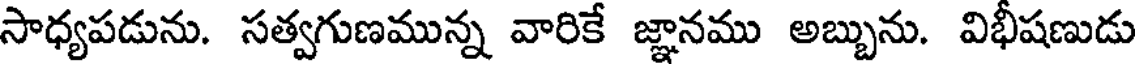
సాధ్యపడును. సత్వగుణమున్న వారికే జ్ఞానము అబ్బును. విభీషణుడు